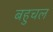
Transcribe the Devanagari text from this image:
बहुचल